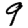
Digit: 9